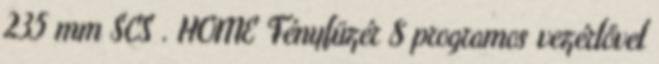
235 mm SCS . HOME Fényfüzér 8 programos vezérlővel